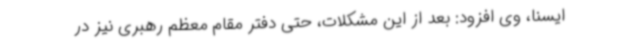
ایسنا، وی افزود: بعد از این مشکلات، حتی دفتر مقام معظم رهبری نیز در